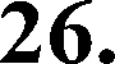
26.